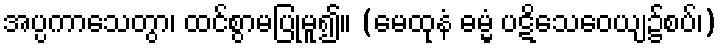
အပ္ပကာသေတွာ၊ ထင်စွာမပြုမူ၍။ (မေထုနံ ဓမ္မံ ပဋိသေဝေယျ၌စပ်၊)